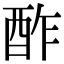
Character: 酢